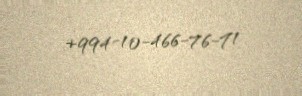
+994-10-466-76-71